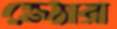
জেঠারা